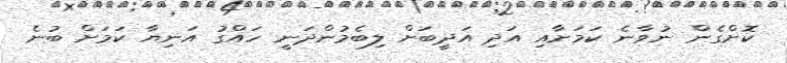
ކޮށްގެން ނުވާނެ ކަމަށާއި އަދި އަދީބަށް ލިބެމުންދަނީ ހައްގު އަނިޔާ ކަމަށް ބުނެ